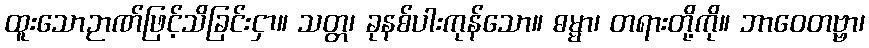
ထူးသောဉာဏ်ဖြင့်သိခြင်းငှာ။ သတ္တ၊ ခုနစ်ပါးကုန်သော။ ဓမ္မာ၊ တရားတို့ကို။ ဘာဝေတဗ္ဗာ၊